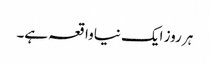
ہر روز ایک نیاواقعہ ہے۔